Bréfritari: Halldór Pétursson
Viðtakandi: Jón Borgfirðingur
Dagsetning: A-1865-05-14
Skrifað á: Illugastöðum í Fnjóskadal  S-Þing.

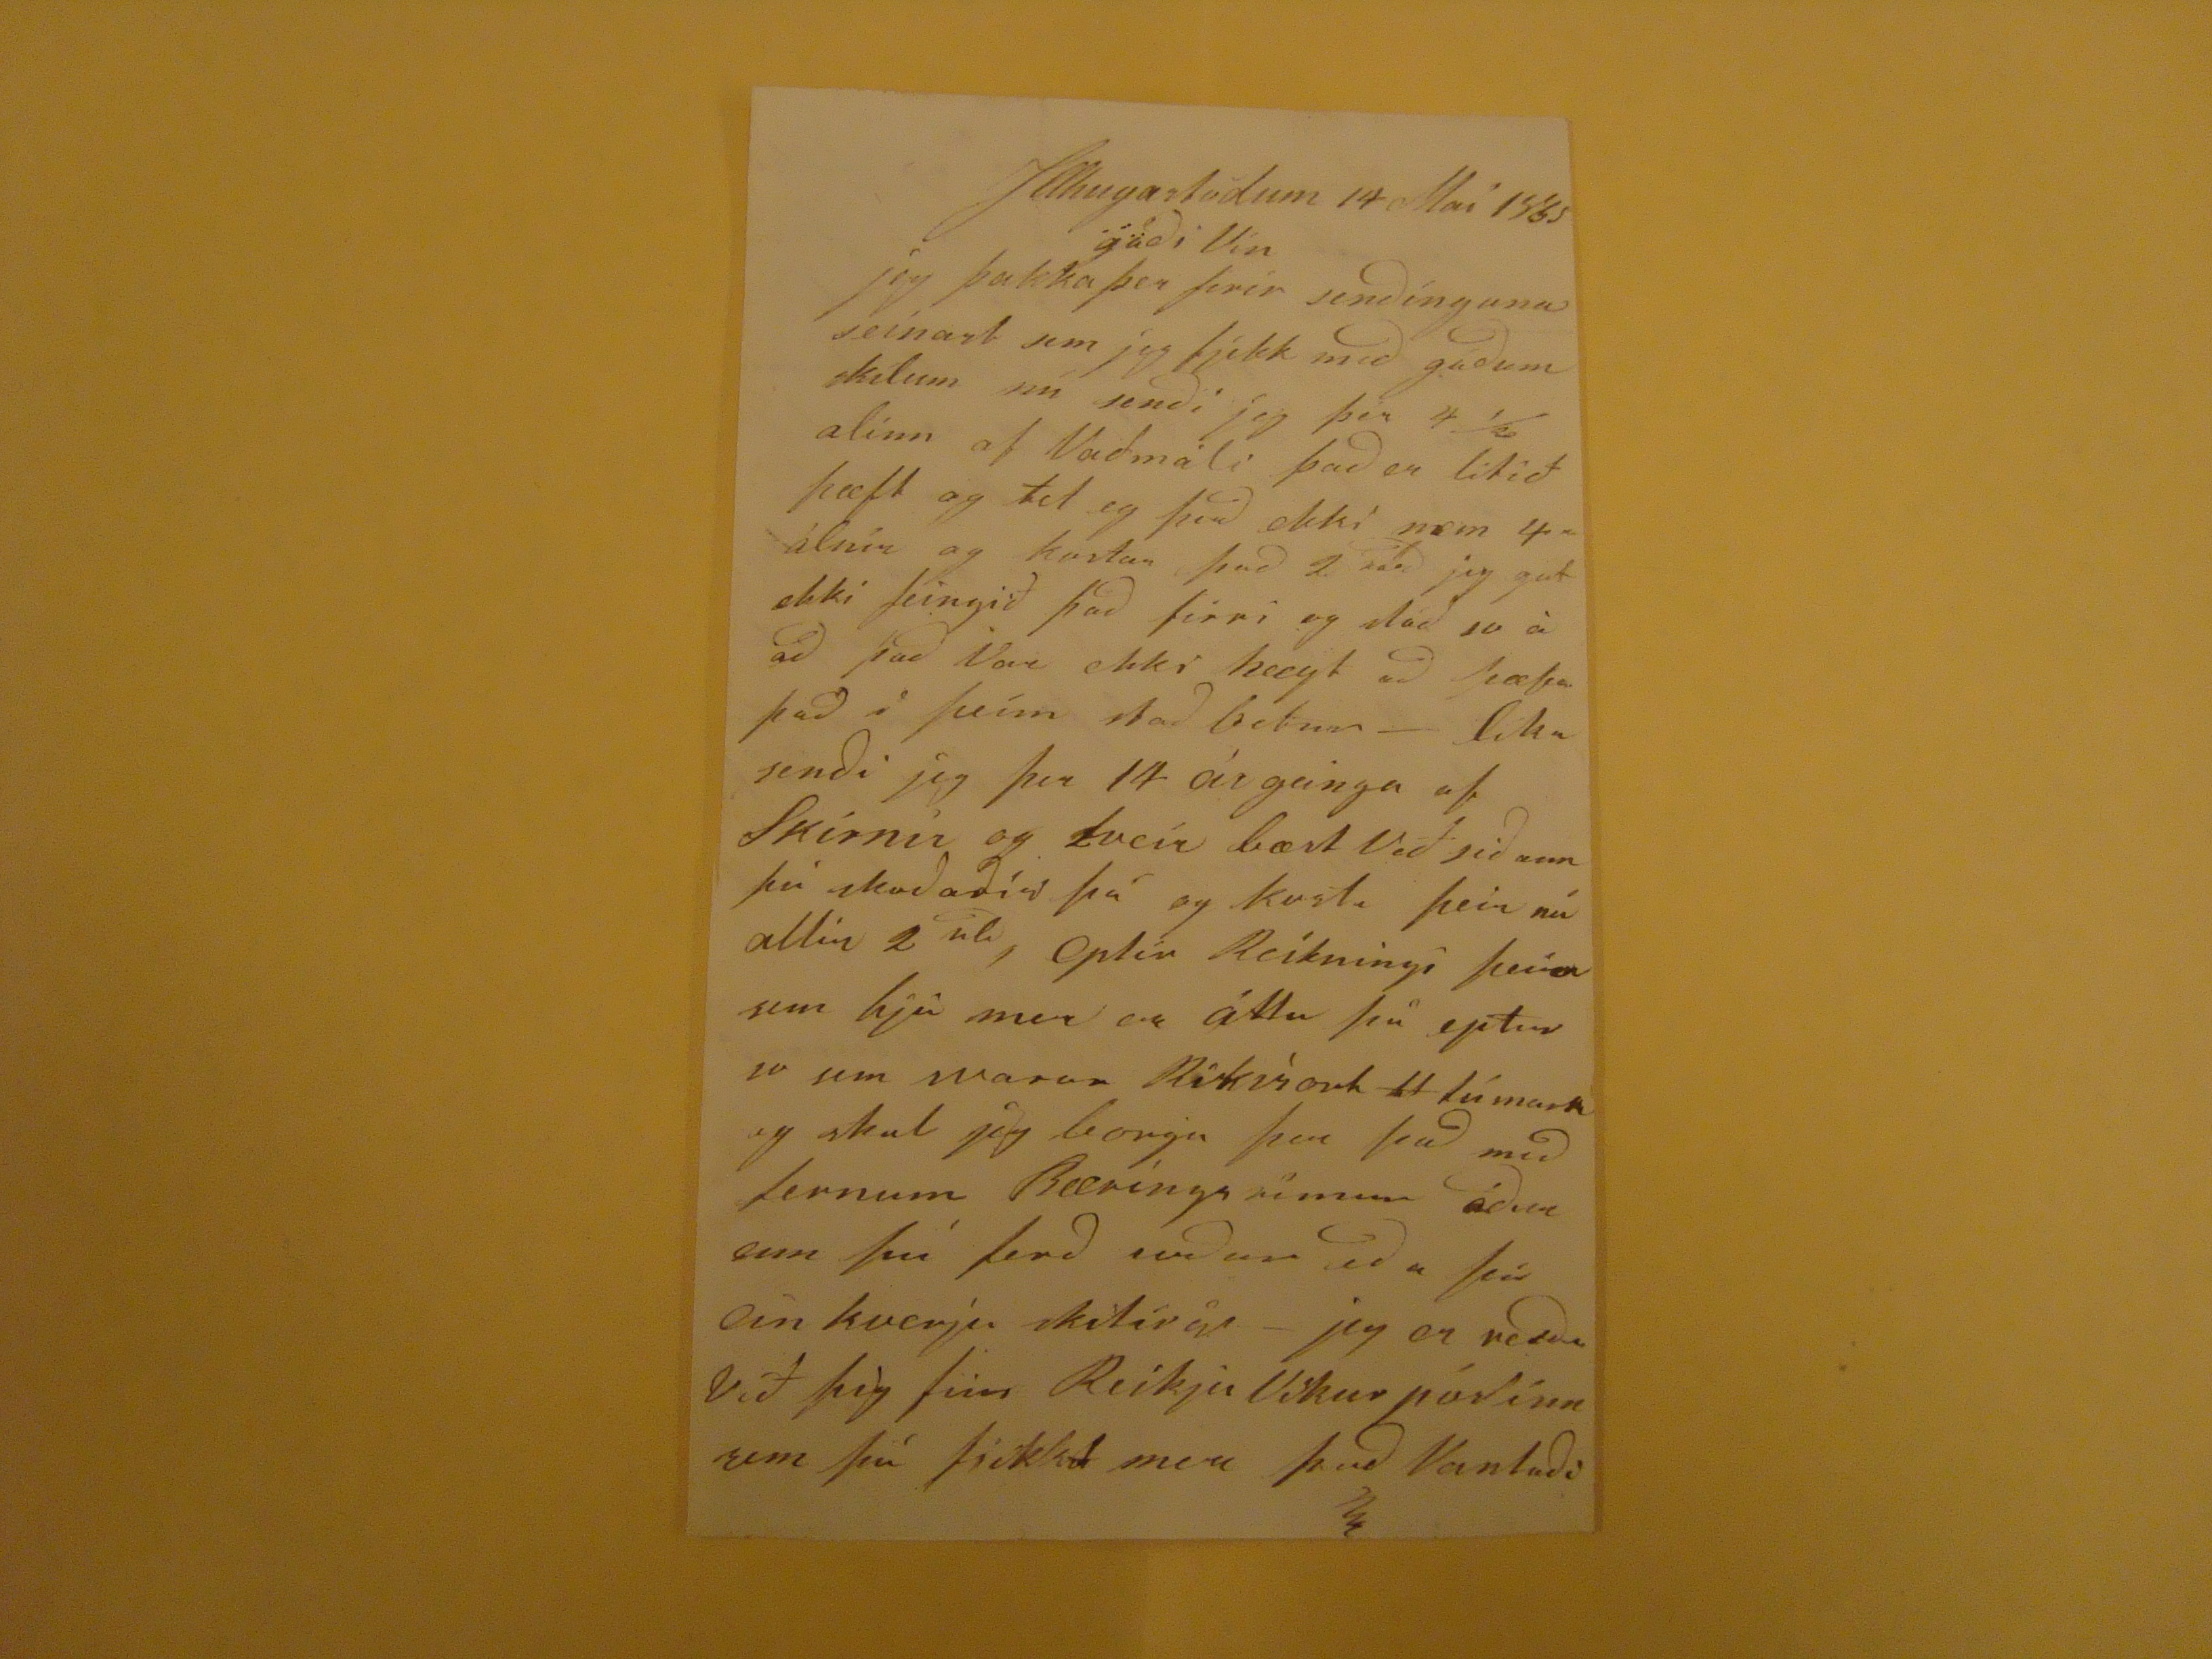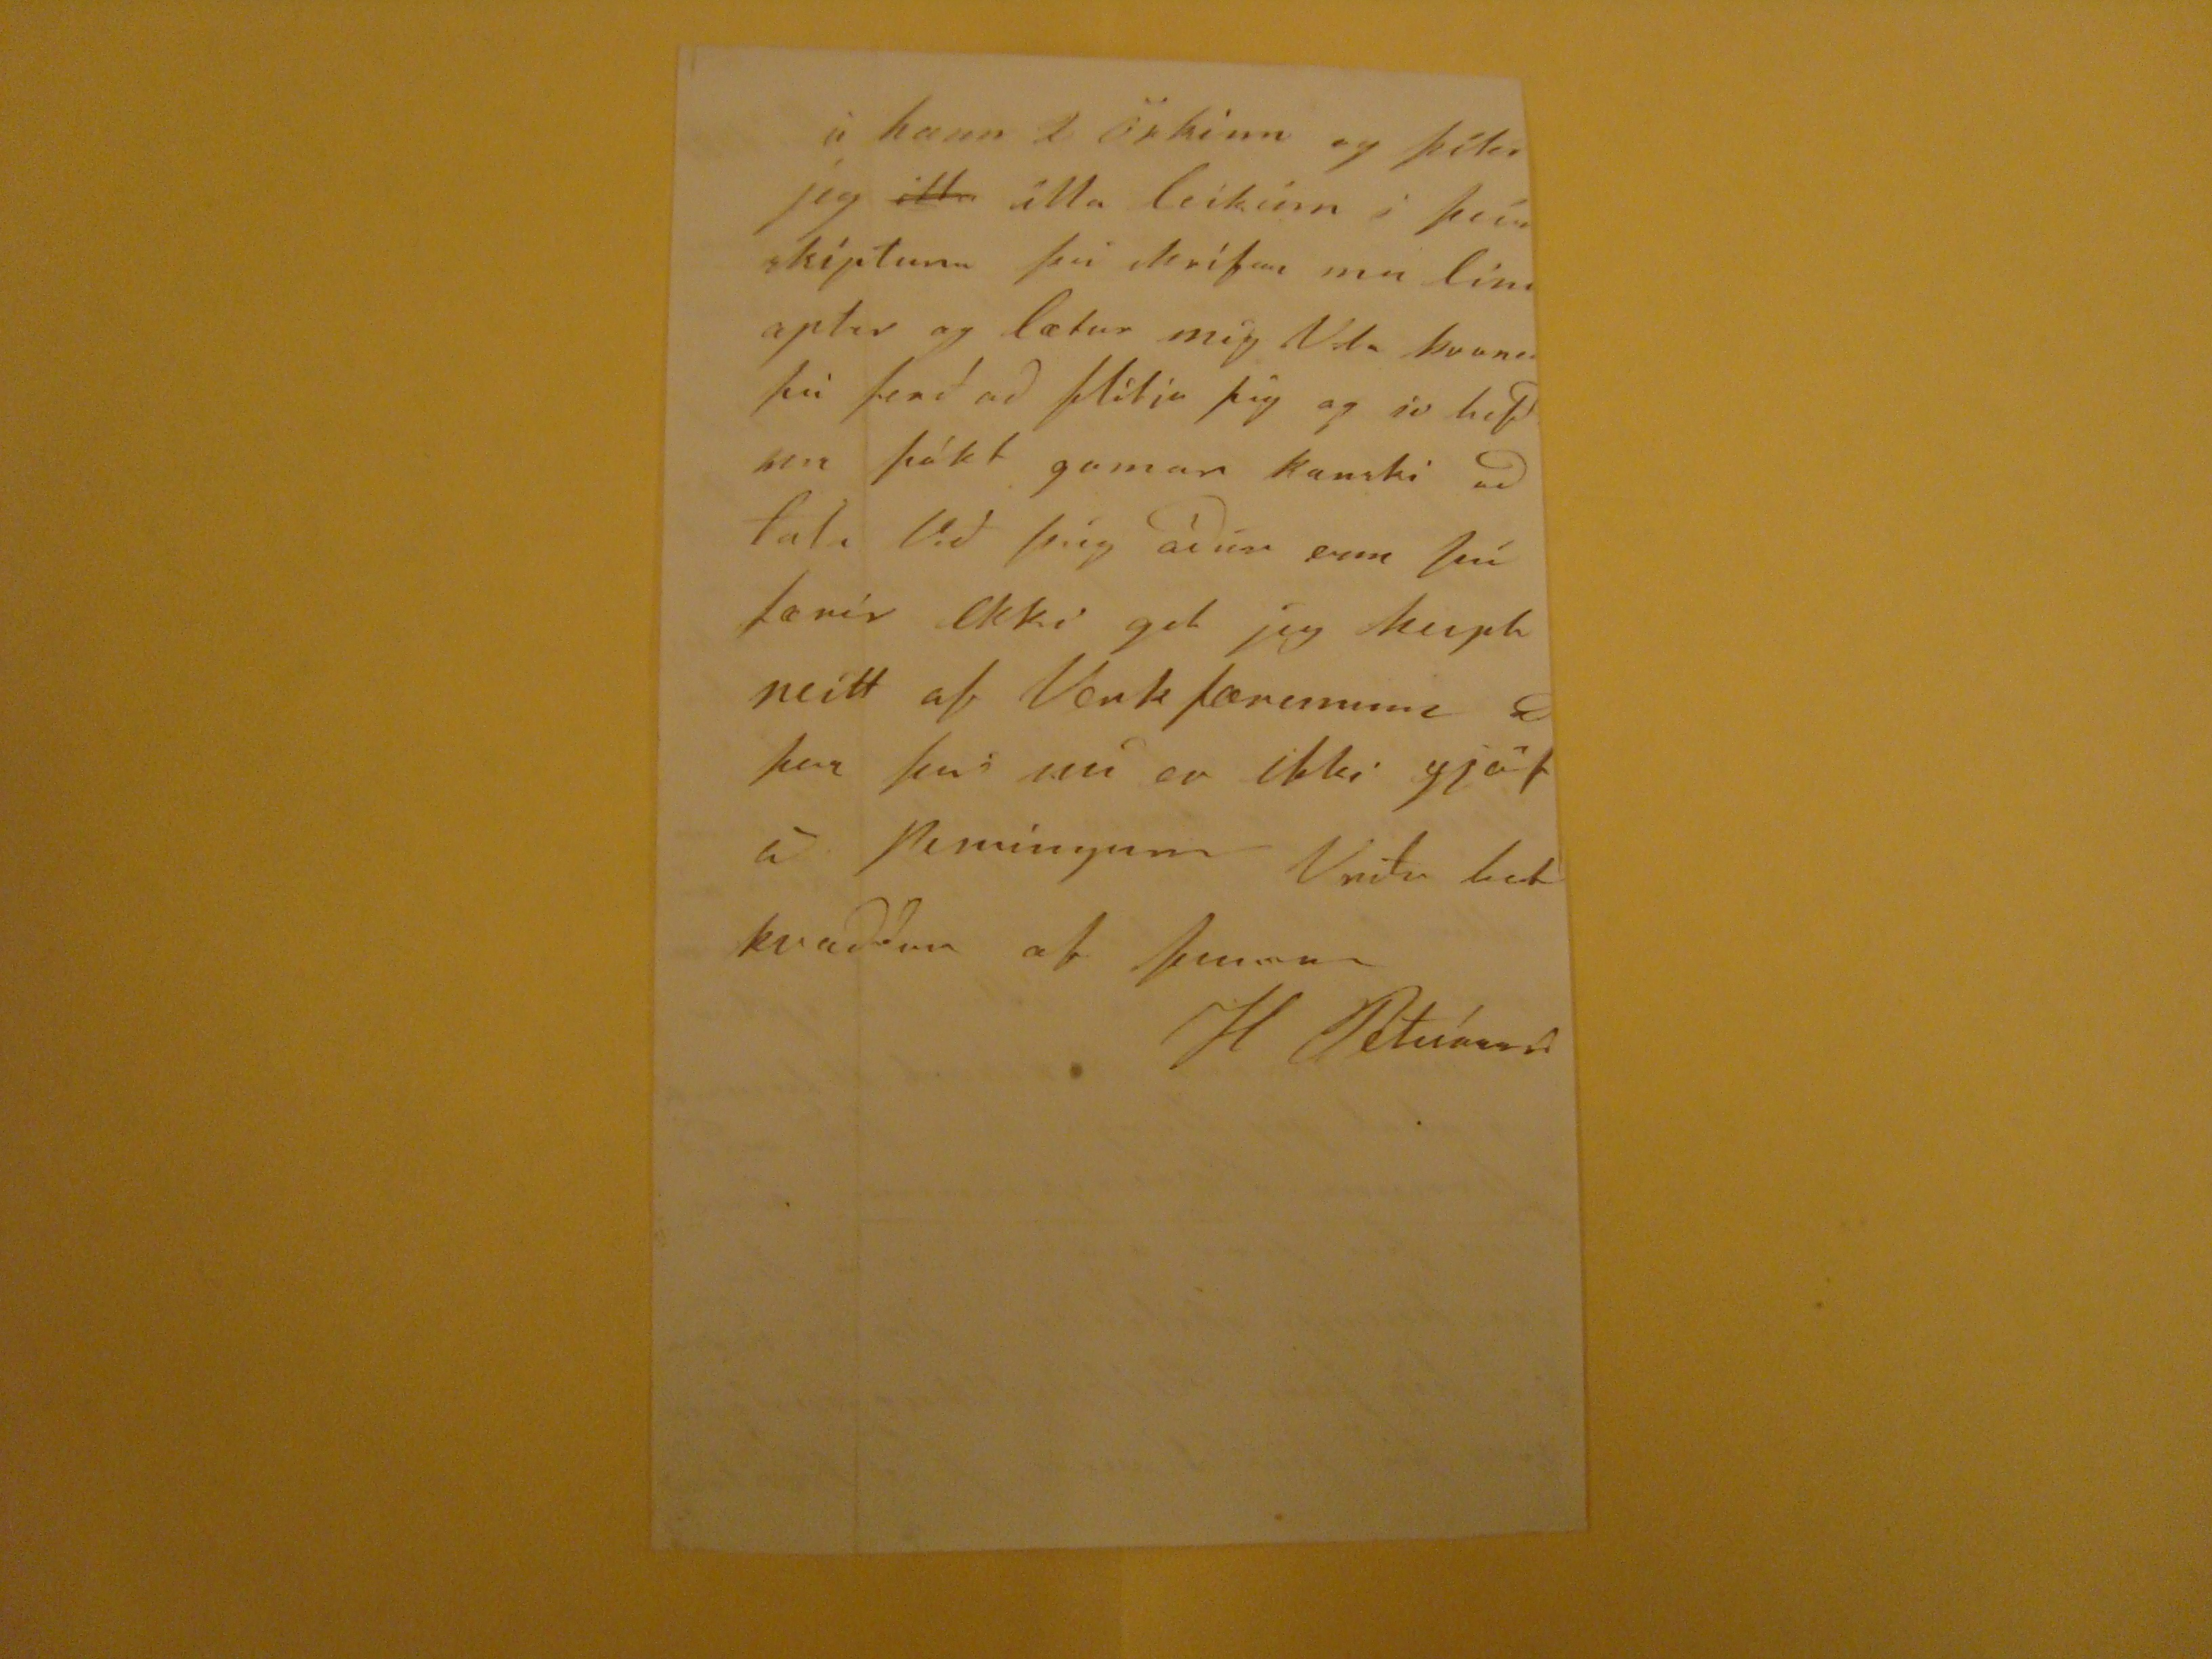

Illhugastödum 14 Maí 1865
gódi Vin
jeg þakka þer firir sendínguna seinast sem jeg fjekk med gódum skilum nú sendi jeg þér 4 1/2 alinn af Vadmáli þad er litið hæft og tel eg þad ekki nein 4
álnín
og kostar þad 2
rsd
jeg gat ekki feingið þad firri og
lád
so á ad þad Var ekki hægt ad hæfa þad i þeím stad betur- lika sendi jeg þer 14 árganga af Skírnir og tveir bæst Við sidann þú skodadir þá og kosta þeir nú allir 2
rld
, eptir Reikningi þeirra sem hjá mer er áttu þá epti so sem svarar
Rikiarl 11 lúmar
og skal jeg borga þer þad med fernum Bærings rímum ádur enn þú ferd
reidur
eda þá einkverju
skilirir
- jeg er
verdi
Við þig finn Reikja Víkur póstinn sem þú þikist
mer
þad Vantadi
à hann 2 Örkinn og þíki jeg
illa
ílla leikinn i þeim skiptum þú skrifa mer linu aptir og lætur mig Vita kvenar þù ferð ad flitja þig og so hefdi mer þókt gaman kanski ad tala við þig ádúr enn þú færir Ekki get jeg keipt neitt af Verkfærunum
8
þar þvi nú er ikki gjöf á peningum Vertu bet kvaddur af
þeim
H Petúrson